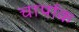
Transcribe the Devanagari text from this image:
चार्पाक